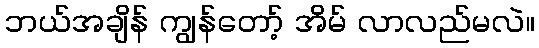
ဘယ်အချိန် ကျွန်တော့် အိမ် လာလည်မလဲ။